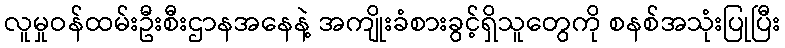
လူမှုဝန်ထမ်းဦးစီးဌာနအနေနဲ့ အကျိုးခံစားခွင့်ရှိသူတွေကို စနစ်အသုံးပြုပြီး